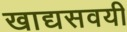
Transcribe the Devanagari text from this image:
खाद्यसवयी